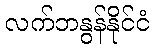
လက်ဘနွန်နိုင်ငံ